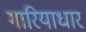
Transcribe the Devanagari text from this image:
गारियाधार